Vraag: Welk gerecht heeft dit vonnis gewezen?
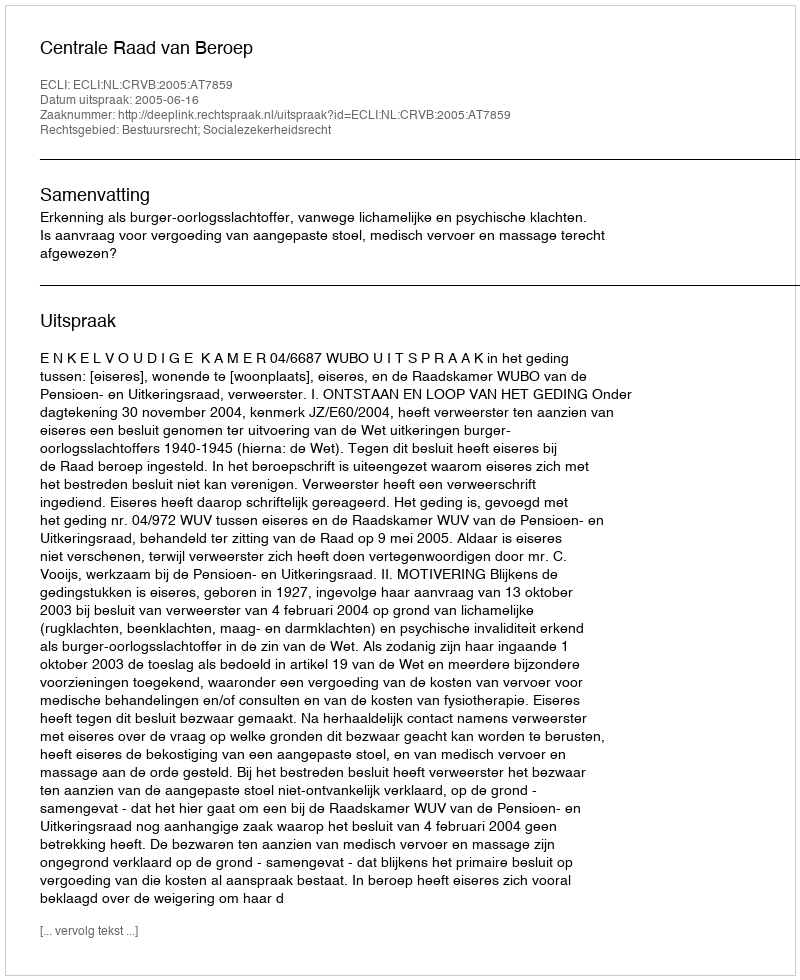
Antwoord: Centrale Raad van Beroep